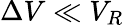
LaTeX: \Delta V\ll V_{R}